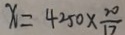
x = 4 2 5 0 \times \frac { 2 0 } { 1 7 }